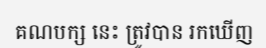
គណបក្ស នេះ ត្រូវបាន រកឃើញ